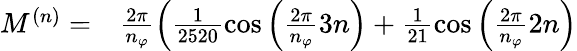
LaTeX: \begin{array}{rl}{M^{(n)}=}&{{}\frac{2\pi}{n_{\varphi}}\left(\frac{1}{2520}\cos\left(\frac{2\pi}{n_{\varphi}}3n\right)+\frac{1}{21}\cos\left(\frac{2\pi}{n_{\varphi}}2n\right)\right.}\end{array}